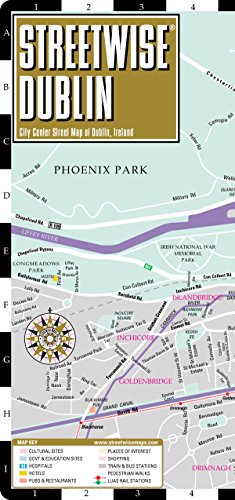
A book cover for Streetwise Dublin Map - Laminated City Center Street Map of Dublin, Ireland; Streetwise Maps; Travel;